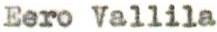
Eero Vallila